Leprosy in India: report of the Leprosy Commission in India, 1890-91
Year: 1890
Disease focus: Leprosy
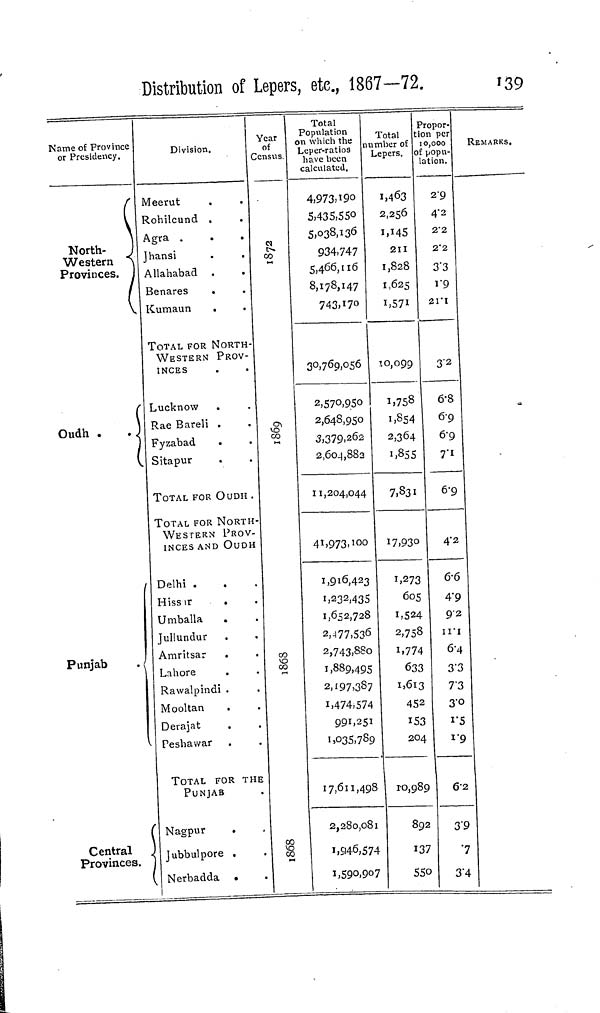
Distribution of Lepers, etc, 1867—72.
139
Name of Province
or Presidency.
North-
Western
Provinces.
(
Oudh .
. (
Punjab
Central
Provinces.
Division.
Meerut
.
Rohilcund .
Agra .
.
.
Jhansi
Allahabad .
Benares
.
Kumaun
.
TOTAL FOR NORTH-
WESTERN PROV-
INCES
Lucknow
.
Rae Bareli .
Fyzabad
Sitapur
TOTAL FOR OUDH .
TOTAL FOR NORTH
WESTERN PROV-
INCES AND OUDH
Delhi .
Hissir
Umballa
Jullundur
Amritsar
Lahore
Rawalpindi .
Mooltan
Derajat
Peshawar
TOTAL FOR THE
PUNJAB
Nagpur
.
Jubbulpore .
Nerbadda •
Year
of
Census
1872
1869
1868
CO
Total
Population
on which the
Leper-ratios
have been
calculated.
4,973,190
5,435,550
5,038,136
934,747
5,466,116
8,178,147
743,170
30,769,056
2,570,950
2,648,950
3,379,262
2,604,882
11,204,044
41,973,100
1,916,423
1,232,435
1,652,728
2,477,536
2,743,8So
1,889,495
2,197,387
1,474,574
991,251
1,035,789
17,611,498
2,280,081
1,946,574
1,590,907
Total
number of
Lepers.
1,463
2,256
1,145
211
1,828
1,625
1,571
10,099
1,758
1,854
2,364
1,855
7,831
17,930
1,273
605
1,524
2,758
1,774
633
1,613
452
153
204
10,989
892
137
550
Propor-
tion per
10,000
of popu-
lation.
2.9
4.2
2.2
2*2
3.3
1.9
21.1
3.2
6.8
69
6.9
7."i
6.9
4.2
6.6
4.9
9.2
11.1
6.4
3.3
7.3
3.0
1.5
1.9
62
3.9
3.4
REMARKS,